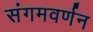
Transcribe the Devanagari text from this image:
संगमवर्णन